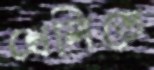
খেলিতে